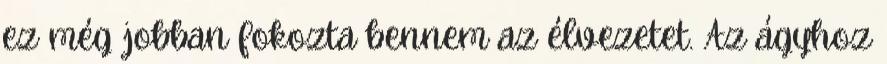
ez még jobban fokozta bennem az élvezetet. Az ágyhoz